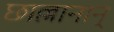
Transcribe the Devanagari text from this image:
छाल्लानान्